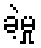
ခဲ့မှု